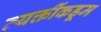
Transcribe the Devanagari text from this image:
व्यक्तींकडूम